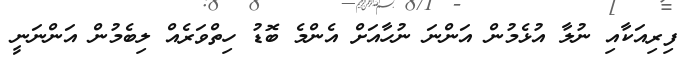
ފިރިއަކާއި ނުލާ އުޅެމުން އަންނަ ނުހާއަށް އެންމެ ބޮޑު ހިތްވަރެއް ލިބެމުން އަންނަނީ